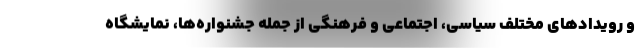
و رویدادهای مختلف سیاسی، اجتماعی و فرهنگی از جمله جشنواره‌ها، نمایشگاه